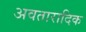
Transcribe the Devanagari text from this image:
अवतारादिक